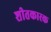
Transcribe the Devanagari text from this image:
शीतकारक